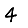
Digit: 4